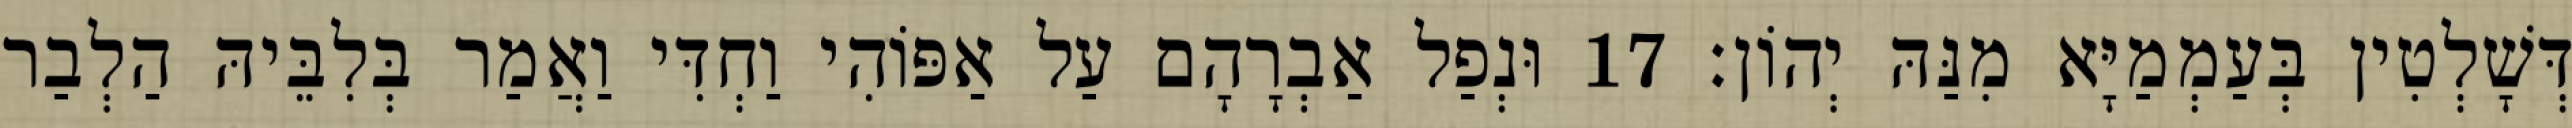
דְּשָׁלְטִין בְּעַמְמַיָּא מִנַּהּ יְהוֹן׃ 17 וּנְפַל אַבְרָהָם עַל אַפּוֹהִי וַחְדִּי וַאֲמַר בְּלִבֵּיהּ הַלְבַר